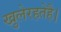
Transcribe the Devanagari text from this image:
खुलेरहतेहै।